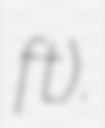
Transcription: ft).